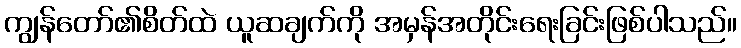
ကျွန်တော်၏စိတ်ထဲ ယူဆချက်ကို အမှန်အတိုင်းရေးခြင်းဖြစ်ပါသည်။